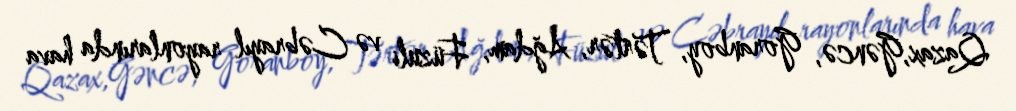
Qazax,Gəncə, Goranboy, Tərtər, Ağdam, Füzuli və Cəbrayıl rayonlarında hava